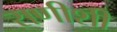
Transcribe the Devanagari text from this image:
राणीशी